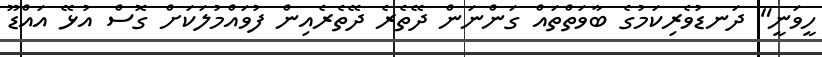
ހީވަނީ" ދަނޑުވެރިކަމުގެ ބާވަތްތައް ގަންނަން ދޭތެރެ ދޭތެރެއިން ފުވައްމުލަކަށް ގޮސް އުޅޭ އައްޑޫ